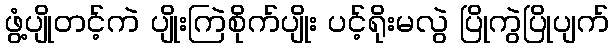
ဖွံ့ပျိုတင့်ကဲ ပျိုးကြဲစိုက်ပျိုး ပင့်ရိုးမလွဲ ပြိုကွဲပြိုပျက်